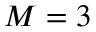
M = 3